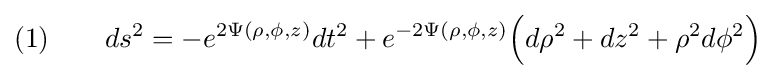
(1)\qquad ds^{2}=-e^{2\Psi (\rho ,\phi ,z)}dt^{2}+e^{-2\Psi (\rho ,\phi ,z)}{\Big (}d\rho ^{2}+dz^{2}+\rho ^{2}d\phi ^{2}{\Big )}\;